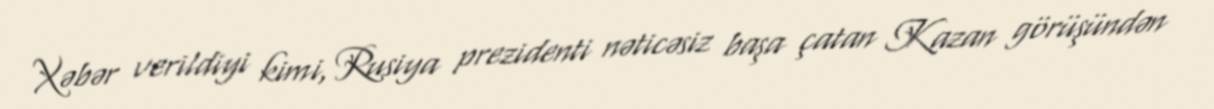
Xəbər verildiyi kimi, Rusiya prezidenti nəticəsiz başa çatan Kazan görüşündən